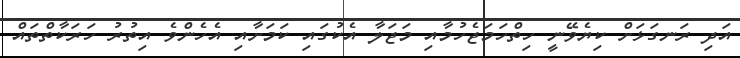
އަދި ރަނގަޅަށް ކިޔެވޭނީ ހިތްހަމަޖެހުމާއި މަޖަލާ އެކުގައި ކަމަށާއި އެހެންވެ އިތުރު ހަރަކާތްތައް